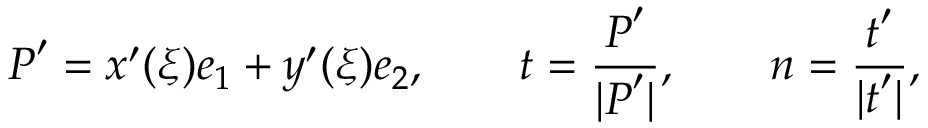
\boldsymbol { P } ^ { \prime } = x ^ { \prime } ( \xi ) \boldsymbol { e } _ { 1 } + y ^ { \prime } ( \xi ) \boldsymbol { e } _ { 2 } , \qquad \boldsymbol { t } = \frac { \boldsymbol { P } ^ { \prime } } { | \boldsymbol { P } ^ { \prime } | } , \qquad \boldsymbol { n } = \frac { \boldsymbol { t } ^ { \prime } } { | \boldsymbol { t } ^ { \prime } | } ,